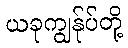
ယခုကျွန်ုပ်တို့